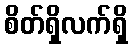
စိတ်ရှိလက်ရှိ